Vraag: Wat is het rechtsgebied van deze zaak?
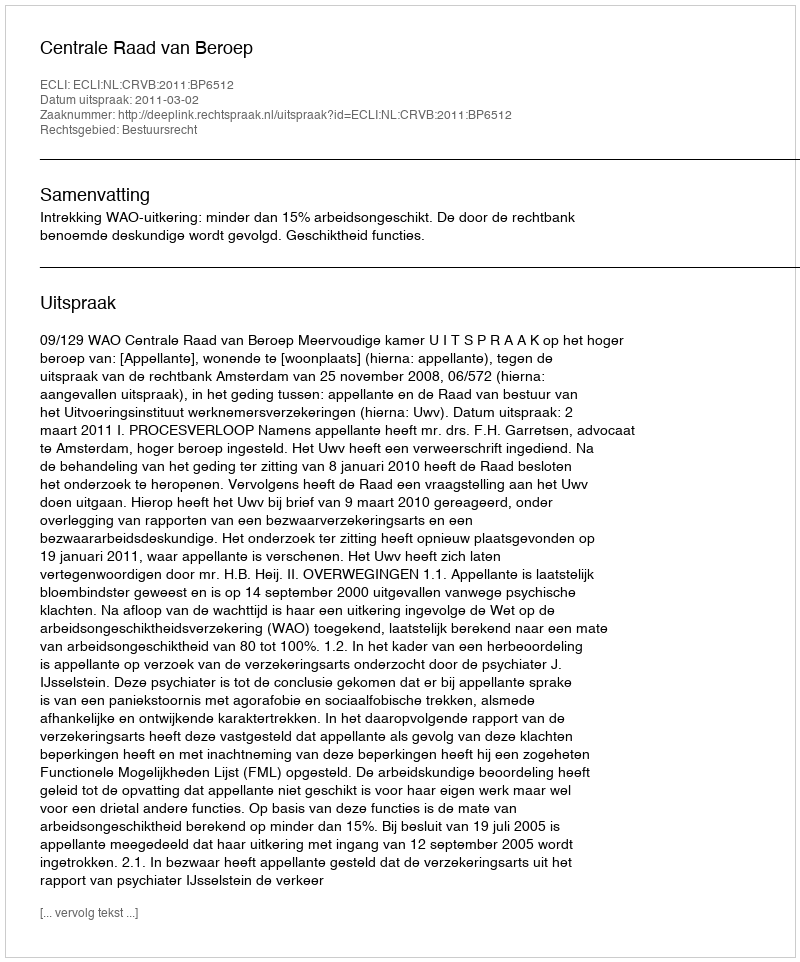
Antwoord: Bestuursrecht